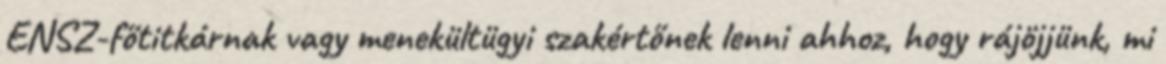
ENSZ-főtitkárnak vagy menekültügyi szakértőnek lenni ahhoz, hogy rájöjjünk, mi